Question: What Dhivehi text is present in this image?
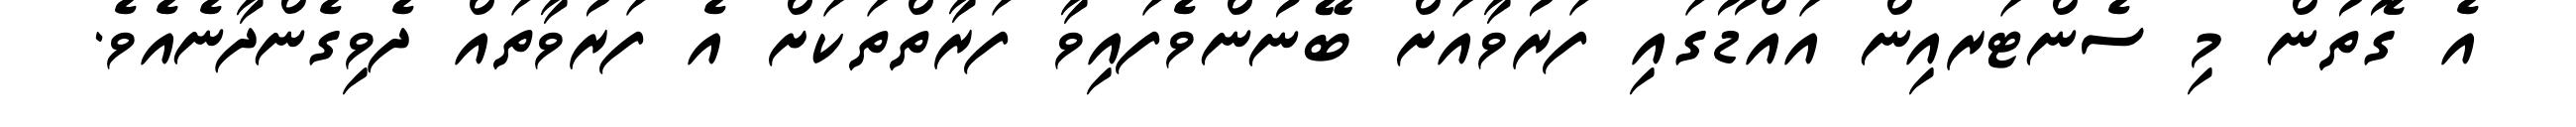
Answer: އެ ގޮތުން މި ސެންޓަރއިން އައްޑޫގައި ފަރުވާއަށް ބޭނުންވެފައިވާ ފަރާތްތަކަށް އެ ފަރުވާތައް ދެވިގެންދާނެއެވެ.